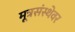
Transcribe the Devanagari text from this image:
मूत्रसंस्थेवर